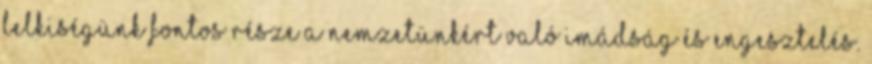
lelkiségünk fontos része a nemzetünkért való imádság és engesztelés.